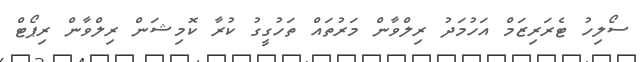
ސޯލިހު ޓެރަރިޒަމް އަހުމަދު ރިލްވާން މަރުތައް ތަހުގީގު ކުރާ ކޮމިޝަން ރިލްވާން ރިޕޯޓް